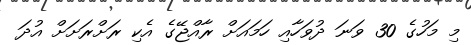
މި މަހުގެ 30 ވަނަ ދުވަހާއި ހަމައަށް ރާއްޖޭގެ އެކި ރަށްރަށަށް އުދަ